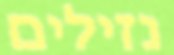
נזילים